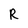
Character: R